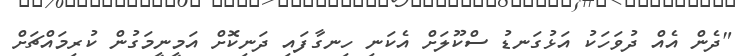
"ދެން އެއް ދުވަހަކު އަޅުގަނޑު ސްކޫލަށް އެކަނި ހިނގާފައި ދަނިކޮށް އަމީނީމަގުން ކުރިމައްޗަށް